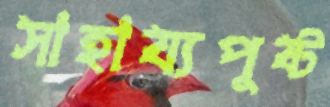
সাহায্যপুষ্ট